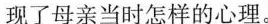
现了母亲当时怎样的心理。